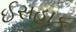
ઈસહાક